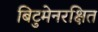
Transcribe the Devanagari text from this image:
बिटुमेनरक्षित